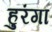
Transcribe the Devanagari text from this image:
हुरंगा